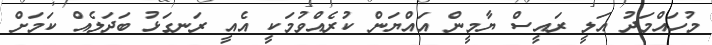
މުހައްމަދު އަލީ ރައީސް ޔާމީން އައްޔަން ކުރެއްވުމަކީ އެއީ ރަނގަޅު ބަދަލެއް ކަމަށް